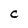
Character: C